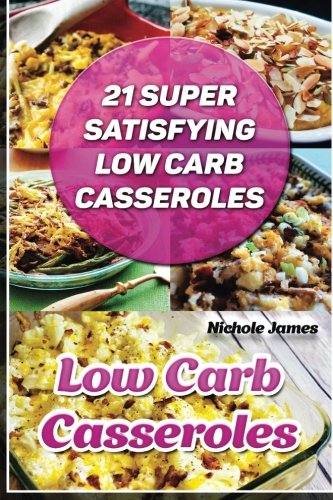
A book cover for Low Carb Casseroles: 21 Super Satisfying Low Carb Casseroles: (low carbohydrate, high protein, low carbohydrate foods, low carb, low carb cookbook, ... Ketogenic Diet to Overcome Belly Fat); Nichole James; Cookbooks, Food & Wine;